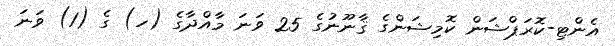
އެންޓި-ކޮރަޕްޝަން ކޮމިޝަންގެ ޤާނޫނުގެ 25 ވަނަ މާއްދާގެ (ހ) ގެ (1) ވަނަ